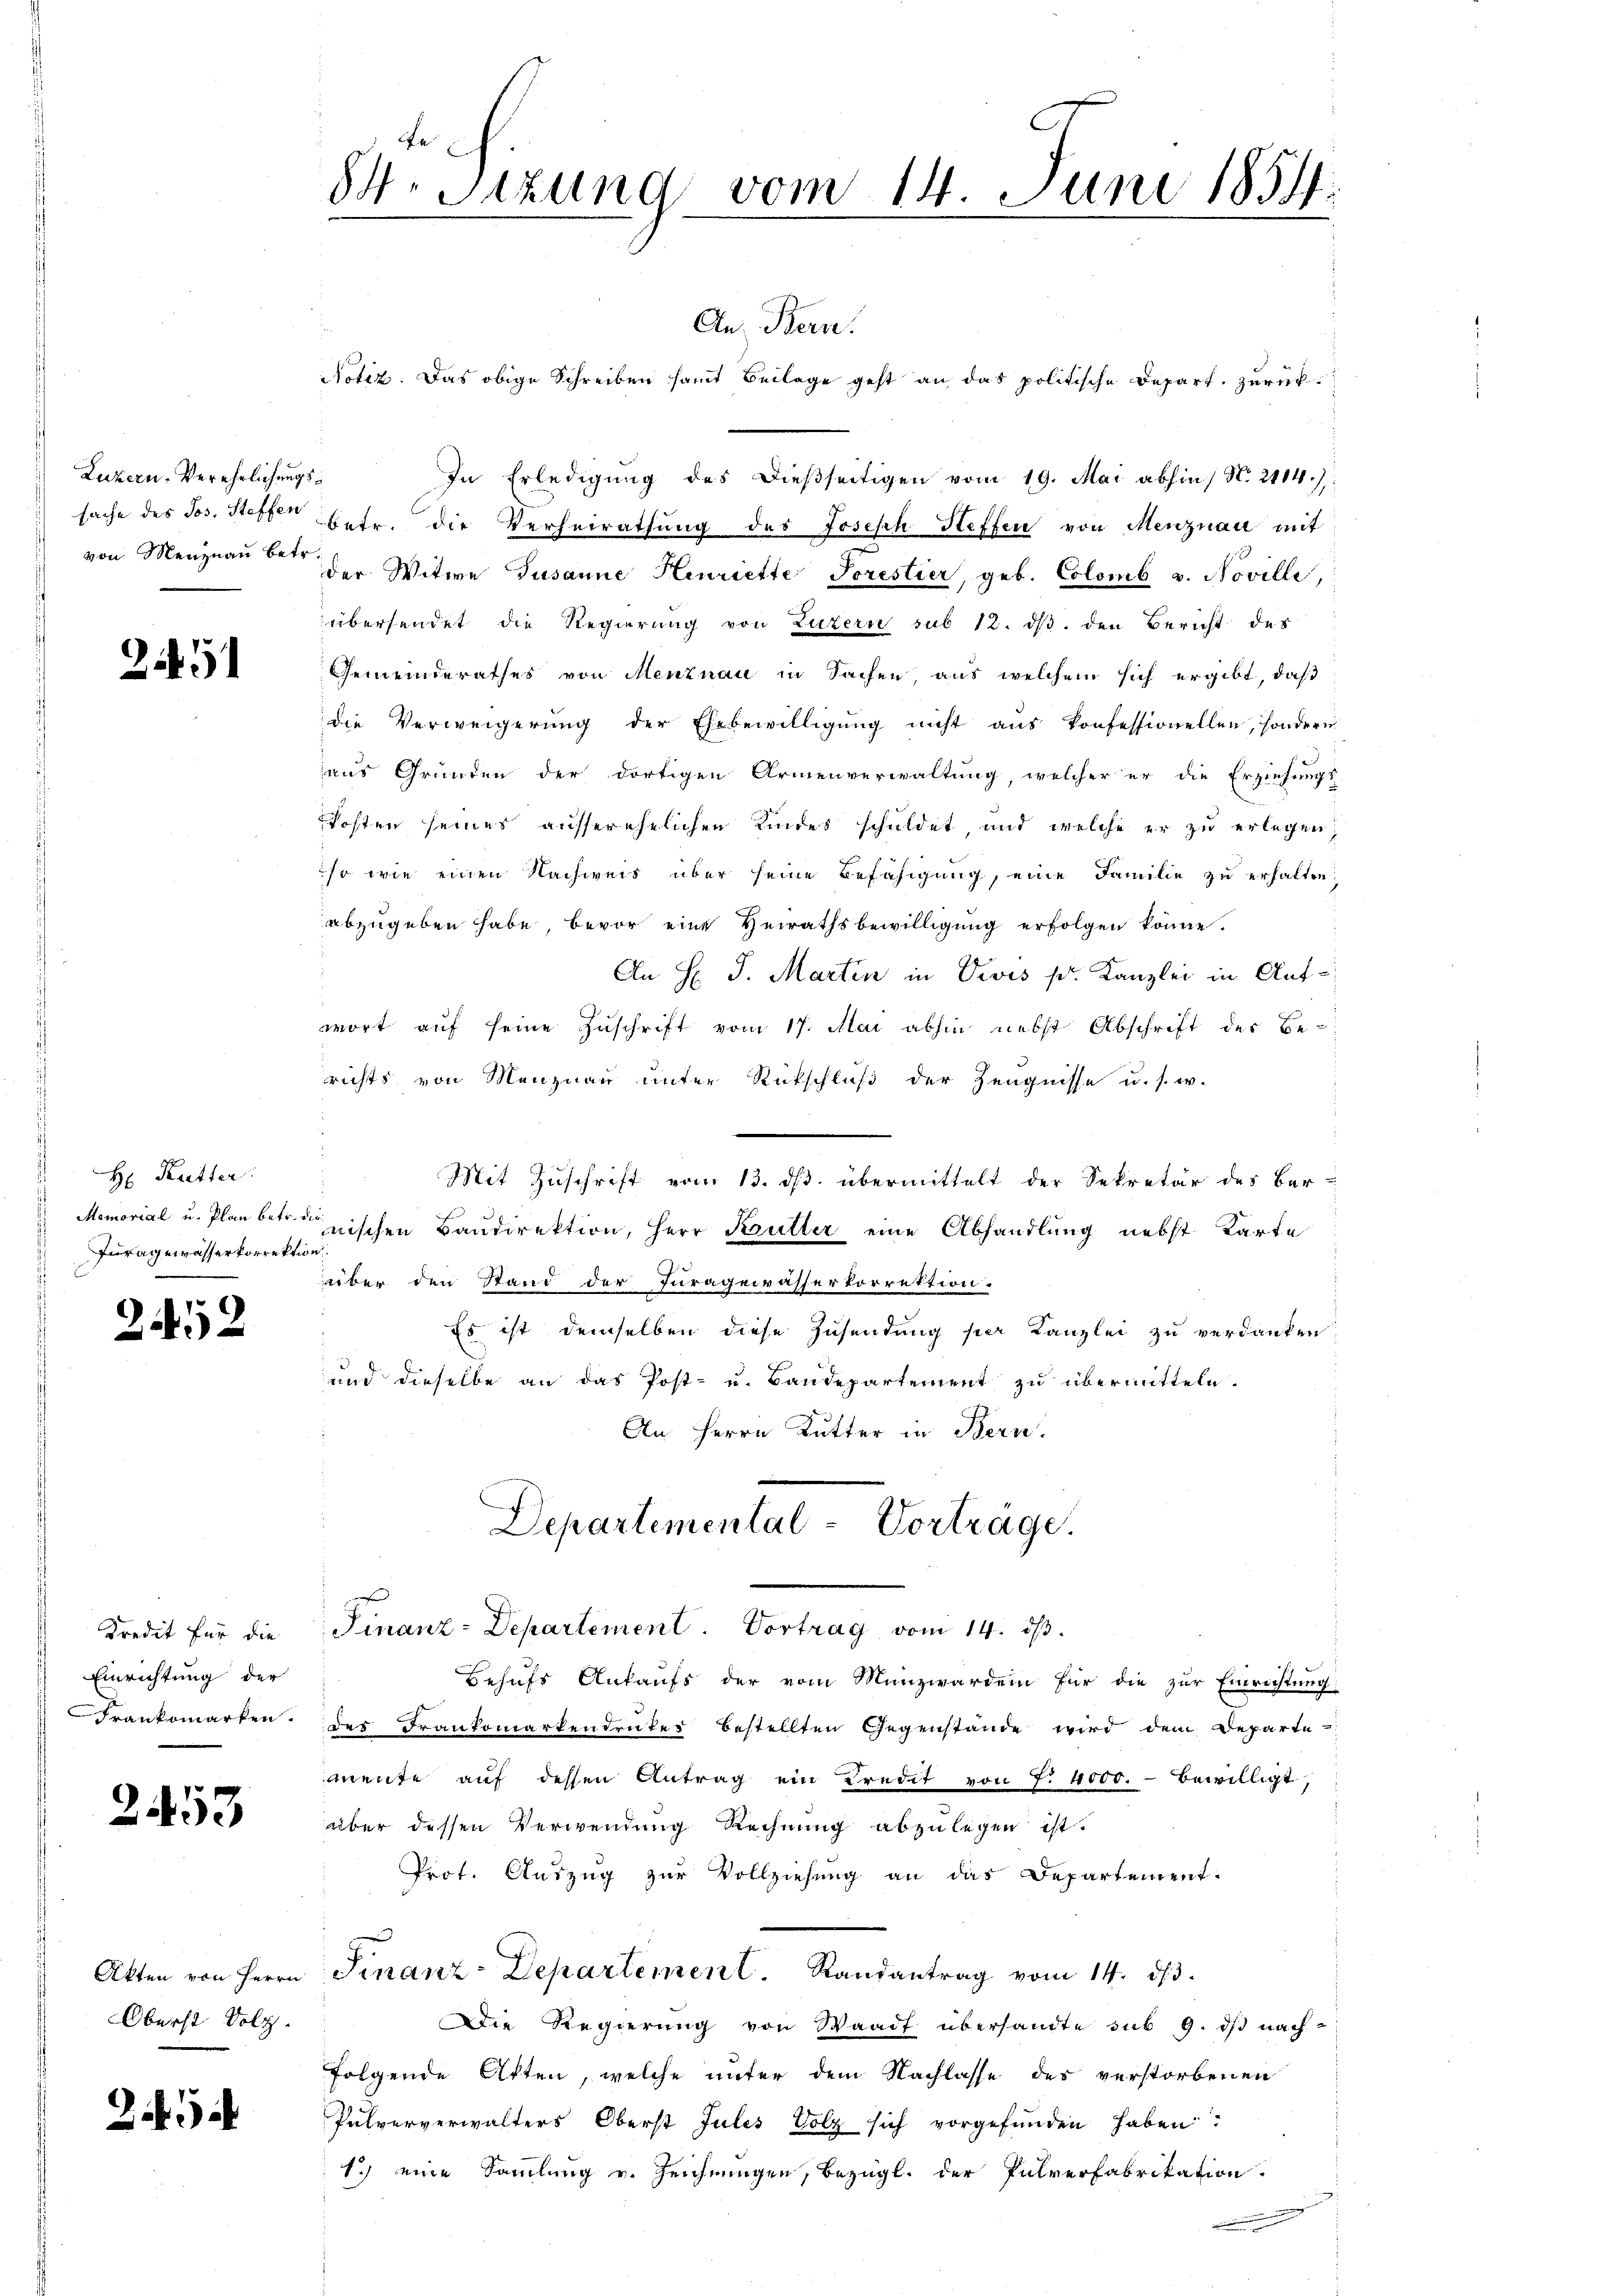
Luzern, Verehrlichung
sache des Jos. Steffen
von Menznau betr.

9

245

H: Kutter.
Memorial u. Plan betr. d.
Juragewasserkorrektio

2452

Kredit für die
Einrichtung der
Frankomarken.

453

Akten von Herrn
Oberst Solz.

243

84. Sitzung vom 14. Juni 1854.

An Bern.
Notiz. Das obige Schreiben samt Beilage geht an das politische Depart. Zurück¬
In Erledigung des dießseitigen vom 19. Mai abhin No. 2114):
betr. die Verheirathung des Joseph Steffen von Menznau mit
der Witwe Susanne Henriette Sorestier, geb. Colomb v. Noville
übersendet die Regierung von Luzern sub 12. ds. den Bericht des
Gemeinderathes von Menznau in Sachen aus welchem sich ergibt, daß
die Verweigerung der Ehebewilligung nicht aus konfessionellen, sondern
aus Gründen der dortigen Armenverwaltung, welcher er die Erziehungs-
kosten seines ausserehelichen Kindes schuldet, und welche er zu erlegen;
sr wie einen Nachweis über seine Befähigung, eine Familie zu erhalten,
abzugeben habe, bevor eine Heirathsbewilligŭng erfolgen könne.
An H J. Martin in Divis s. Kanzlei in Aufwort auf seine Zuschrift vom 17. Mai abhin nebst Abschrift des Be-
richts von Menznau unter Rückschluß der Zeugnisse u. s. w.
Mit Zuschrift vom 13. ds. übermittelt der Sekretär des Ber-
nischen Baudirektion, Herr Kutter eine Abhandlung nebst Karte
aber den Stand der Juragewässerkorrektion.
Es ist demselben diese Zusendung per Kanzlei zu verdanken
und dieselbe an das Post- u. Baudepartement zu übermitteln.
An Herrn Kutter in Bern.
Departemental-Vortrage.
Finanz-Departement. Vortrag vom 14. ds.
Behufs Ankaufs der vom Münzwarden für die zur Einrichtung:
des Frankomarkendrucker bestellten Gegenstande wird dem Departe
mente auf dessen Antrag ein Kredit von 7. 4000.- bewilligt,
über dessen Verwendung Rechnung abzulegen ist.
Prot. Auszug zur Vollziehung an das Departement-
Finanz-Departement. Randantrag vom 14. ds.
Die Regierung von Waadt übersandte sub 9. ds nachfolgende Atten, welche unter dem Nachlasse des verstorbenen
Pulververwalters Oberst Julis Volz sich vorgefunden haben:
1.) eine Sammlung v. Zeichnungen, bezügl. der Pulverfabrikation
mmung